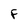
Character: F